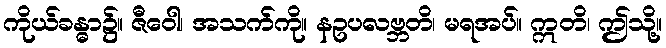
ကိုယ်ခန္ဓာ၌။ ဇီဝေါ၊ အသက်ကို။ နဥပလဗ္ဘတိ၊ မရအပ်။ ဣတိ၊ ဤသို့။